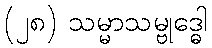
(၂၈) သမ္မာသမ္ဗုဒ္ဓေါ